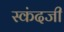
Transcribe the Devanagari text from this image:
स्कंदजी